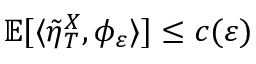
\mathbb { E } [ \langle \tilde { \eta } _ { T } ^ { X } , \phi _ { \varepsilon } \rangle ] \leq c ( \varepsilon )